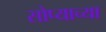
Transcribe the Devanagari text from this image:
सोप्याच्या